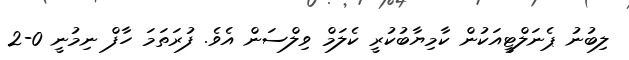
ލިބުނު ޕެނަލްޓީއަކުން ކާމިޔާބުކުރީ ކެލަމް ވިލްސަން އެވެ. ފުރަތަމަ ހާފް ނިމުނީ 0-2